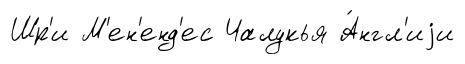
Шр'и М'ен'енд'ес Чалукья А́нгл'иjи